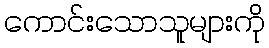
ကောင်းသောသူများကို